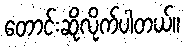
တောင်းဆိုလိုက်ပါတယ်။